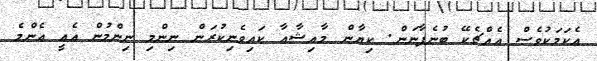
އެކަމަކުވެސް އެއްޗެކޭ ބުނެފާނަން. ކިޔާން މާއިޝާއާ ކައިވެނިކުރަން ނިންމި ނިންމުން އެއީ އެންމެ